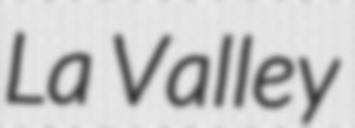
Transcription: La Valley